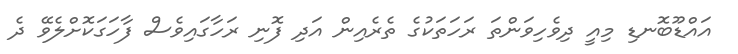
އައްޑޫބޮނޑި މިއީ ދިވެހިވަންތަ ރަހަތަކުގެ ތެރެއިން އަދި ފޮނި ރަހާގައިވެސް ފާހަގަކޮށްލެވޭ ދެ